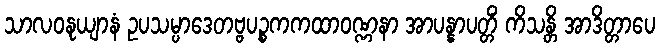
သာလဝနုယျာနံ ဥပသမ္ပာဒေတဗ္ဗပဉ္စကကထာဝဏ္ဏနာ အာပန္နာပတ္တိံ ကိသန္တိ အာဒိတ္တာပေ